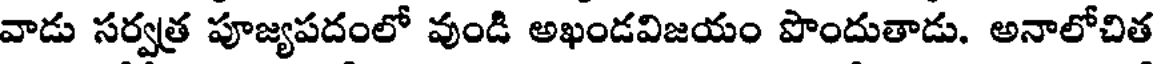
వాడు సర్వత్ర పూజ్యపదంలో వుండి అఖండవిజయం పొందుతాడు. అనాలోచిత